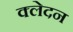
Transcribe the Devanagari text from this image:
क्‍लेदन